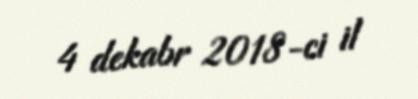
4 dekabr 2018-ci il